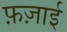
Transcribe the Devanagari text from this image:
फ़ज़ाई